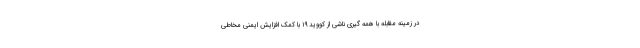
در زمینه مقابله با همه گیری ناشی از کووید ۱۹ با کمک افزایش ایمنی مخاطی